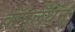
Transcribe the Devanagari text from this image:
वॉनलँथेन